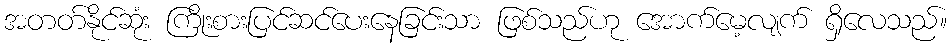
အတတ်နိုင်ဆုံး ကြိုးစားပြင်ဆင်ပေးနေခြင်းသာ ဖြစ်သည်ဟု အောက်မေ့လျက် ရှိလေသည်။